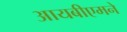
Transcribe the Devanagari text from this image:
आयबीएमने